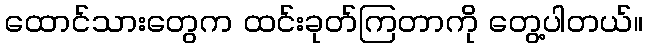
ထောင်သားတွေက ထင်းခုတ်ကြတာကို တွေ့ပါတယ်။